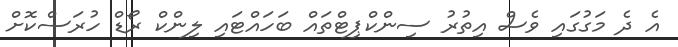
އެ ދެ މަގުގައި ވެސް އިތުރު ސިންކްޕިޓްތައް ބަހައްޓައި ލިންކް ރޯޑް ހުރަސްކޮށް